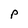
Character: p